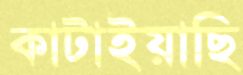
কাটাইয়াছি